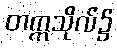
တက္ကသိုလ်၌